Calcutta medical institutions reports 1892-1900
Year: 1892
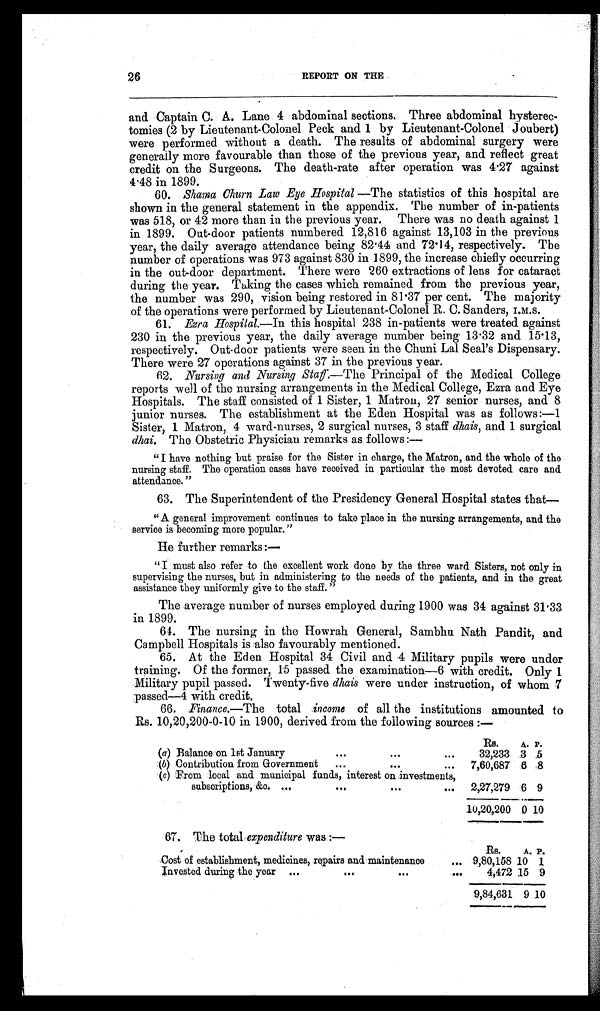
26
REPORT ON THE
and Captain C. A. Lane 4 abdominal sections. Three abdominal hysterec
- t o m i e s ( 2 b y L i e u t e n a n t - C o l o n e l P e c k a n d 1 b y L i e u t e n a n t - C o l o n e l J o u b e r t )
were performed without a death. The results of abdominal surgery were
generally more favourable than those of the previous year, and reflect great
credit on the Surgeons. The death-rate after operation was 4.27 against
4.48 in 1899.
60.
Shama Churn Law Eye Hospital — The statistics of this hospital are
shown in the general statement in the appendix. The number of in-patients
was 518, or 42 more than in the previous year. There was no death against 1
in 1899. Out-door patients numbered 12,816 against 13,103 in the previous
year, the daily average attendance being 82.44 and 72.14, respectively. The
number of operations was 973 against 830 in 1899, the increase chiefly occurring
in the out-door department. There were 260 extractions of lens for cataract
during the year. Taking the cases which remained from the previous year,
the number was 290, vision being restored in 81.37 per cent. The majority
of the operations were performed by Lieutenant-Colonel R. C. Sanders, I.M.S.
61.
Ezra Hospital.—In
this hospital 238 in-patients were treated against
230 in the previous year, the daily average number being 13.32 and 15.13,
respectively. Out-door patients were seen in the Chuni Lal Seal’s Dispensary.
There were 27 operations against 37 in the previous year.
62.
Nursing and Nursing Staff.— T h e
P r i n c i p a l o f t h e M e d i c a l C o l l e g e
reports well of the nursing arrangements in the Medical College, Ezra and Eye
Hospitals. The staff consisted of 1 Sister, 1 Matron, 27 senior nurses, and 8
junior nurses. The establishment at the Eden Hospital was as follows:—1
Sister, 1 Matron, 4 ward-nurses, 2 surgical nurses, 3 staff dhais, and 1 surgical
dhai. The Obstetric Physician remarks as follows:—
“ I have nothing but praise for the Sister in charge, the Matron, and the whole of the
nursing staff. The operation cases have received in particular the most devoted care and
attendance.”
63. The Superintendent of the Presidency General Hospital states that
—
“A general improvement continues to take place in the nursing arrangements, and the
service is becoming more popular.”
He further remarks :—
“I must also refer to the excellent work done by the three ward Sisters, not only in
supervising the nurses, but in administering to the needs of the patients, and in the great
assistance they uniformly give to the staff.”
The average number of nurses employed during 1900 was 34 against 31.33
in 1899.
64. The nursing in the Howrah General, Sambhu Nath Pandit, and
Campbell Hospitals is also favourably mentioned.
65. At the Eden Hospital 34 Civil and 4 Military pupils were under
training. Of the former, 15 passed the examination—6 with credit. Only 1
Military pupil passed. Twenty-five dhais were under instruction, of whom 7
passed—4 with credit.
66. Finance.—The total income of all the institutions amounted to
Rs. 10,20,200-0-10 in 1900, derived from the following sources :—
Rs.
A. P .
(a) Balance on 1st January
...
...
...
32,233 3 5
(b) Contribution from Government
...
...
...
7,60,687 6
8
(c) From local and municipal funds, interest on investments,
subscriptions, &c. ...
...
...
...
2,27,279 6 9
10,20,200 0
1 0
67. The total expenditure w a s : —
Rs.
A. P.
Cost of establishment, medicines, repairs and maintenance
... 9,80,158 10 1
Invested during the year
...
...
...
...
4,472 15 9
9,84,631 9 10